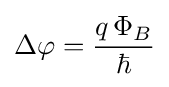
\Delta \varphi ={\frac {q\,\Phi _{B}}{\hbar }}